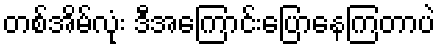
တစ်အိမ်လုံး ဒီအကြောင်းပြောနေကြတာပဲ